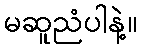
မဆူညံပါနဲ့။